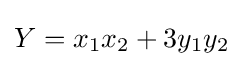
Y=x_{1}x_{2}+3y_{1}y_{2}